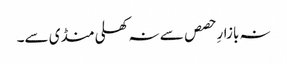
نہ بازارِ حصص سے نہ کھلی منڈی سے۔